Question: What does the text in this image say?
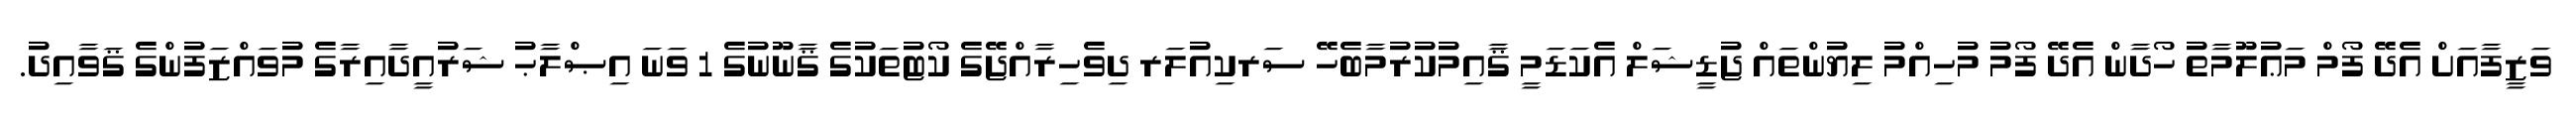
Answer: ވަޒީފާއަށް އެދޭ ފޯމް މަޢުލޫމާތު ހޯދާން އެދޭ ފޯމު މުހިއްމު ލިޔުންތައް ޖުޑީޝަލް އެކަޑަމީ ޤާއިމުކުރުމާބެހޭ ސަރކިއުލަރ ދިވެހިރާއްޖޭގެ ކޯޓުތަކުގެ ޤާނޫނުގެ 1 ވަނަ އިޞްލާޙު ޝަރުއީދާއިރާގެ މުވައްޒަފުންގެ ޤަވާއިދު.